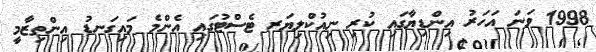
1998 ވަނަ އަހަރު އިންޑިޔާގައި ކުރި ނިއުކްލިޔަރ ޓެސްޓުގައި އެންމެ މައިގަނޑު އިންތިޒާމީ